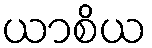
ယာစိယ